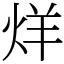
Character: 烊